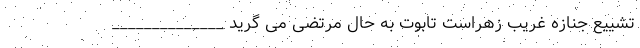
تشییع جنازه غریب زهراست تابوت به حال مرتضی می گرید ______________